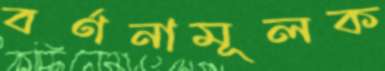
বর্ণনামূলক